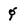
Character: g